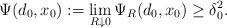
LaTeX: \begin{align*}\Psi(d_0,x_0):=\lim_{R\downarrow 0}\Psi_R(d_0,x_0)\ge \delta_0^2.\end{align*}